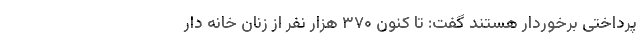
پرداختی برخوردار هستند گفت: تا کنون ۳۷۰ هزار نفر از زنان خانه دار